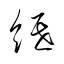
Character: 紙